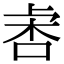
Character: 𣑅